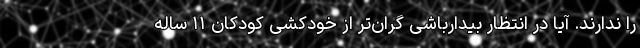
را ندارند. آیا در انتظار بیدارباشی گران‌تر از خودکشی کودکان ۱۱ ساله